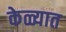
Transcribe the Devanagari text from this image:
केळ्यात